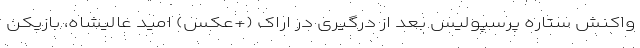
واکنش ستاره پرسپولیس بعد از درگیری در اراک (+عکس) امید عالیشاه، بازیکن